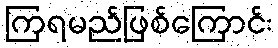
ကြရမည်ဖြစ်ကြောင်း